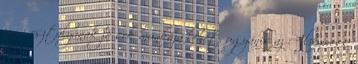
jogi osztályának jó sok munkája lehet, ugyanis az Aliexpress